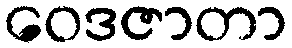
ဝေဒဇာတာ